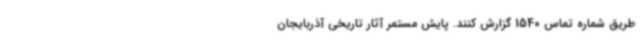
طریق شماره تماس 1540 گزارش کنند. پایش مستمر آثار تاریخی آذربایجان